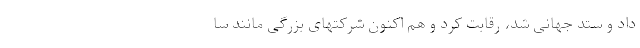
دادُ و ستدِ جهانی شد، رقابت کرد و هم اکنون شرکتهای بزرگی مانند سا